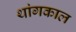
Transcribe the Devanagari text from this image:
थांगकाल